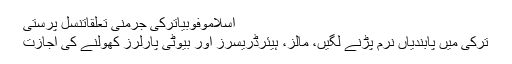
اسلاموفوبیاترکی جرمنی تعلقاتنسل پرستی
ترکی میں پابندیاں نرم پڑنے لگیں، مالز، ہیئرڈریسرز اور بیوٹی پارلرز کھولنے کی اجازت